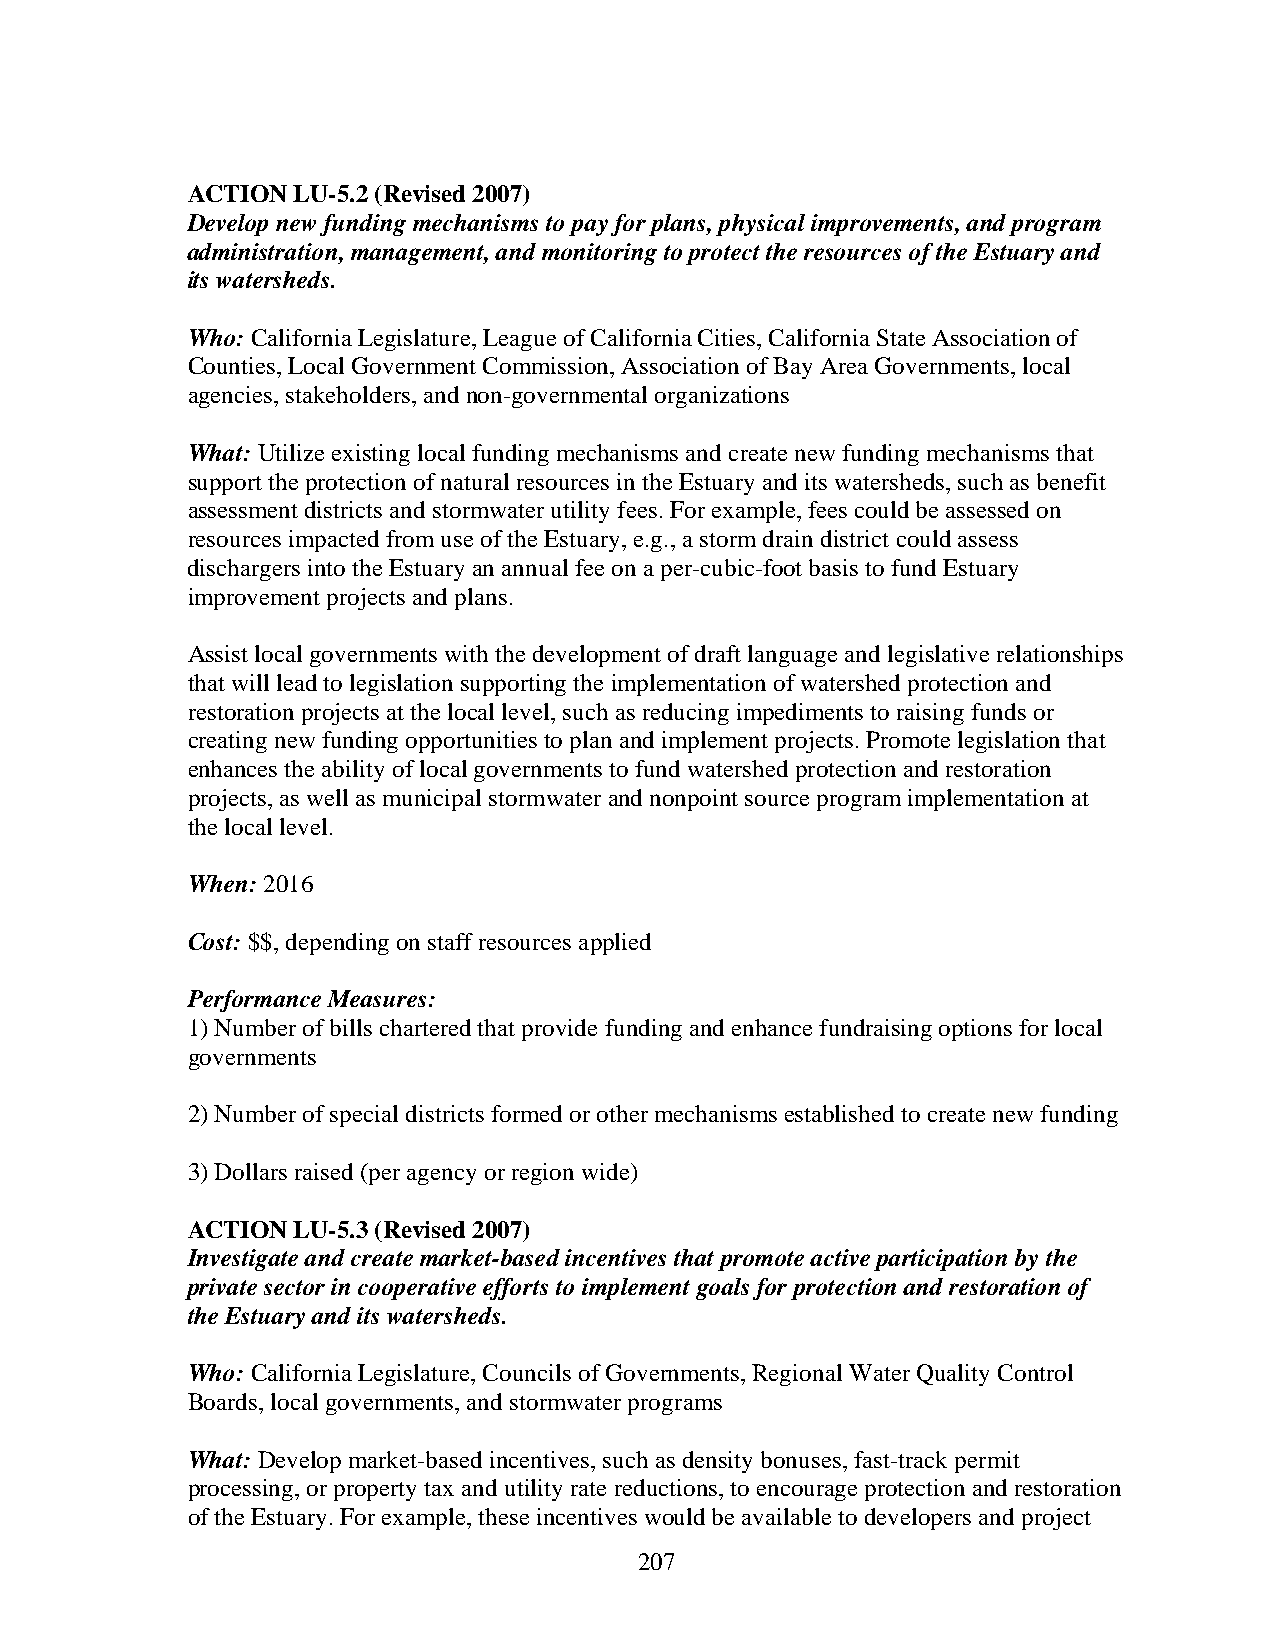
ACTION LU-5.2 (Revised 2007)
 Develop new funding mechanisms to pay for plans, physical improvements, and program
 administration, management, and monitoring to protect the resources of the Estuary and
 its watersheds.
 Who: California Legislature, League of California Cities, California State Association of
 Counties, Local Government Commission, Association of Bay Area Governments, local
 agencies, stakeholders, and non-governmental organizations
 What: Utilize existing local funding mechanisms and create new funding mechanisms that
 support the protection of natural resources in the Estuary and its watersheds, such as benefit
 assessment districts and stormwater utility fees. For example, fees could be assessed on
 resources impacted from use of the Estuary, e.g., a storm drain district could assess
 dischargers into the Estuary an annual fee on a per-cubic-foot basis to fund Estuary
 improvement projects and plans.
 Assist local governments with the development of draft language and legislative relationships
 that will lead to legislation supporting the implementation of watershed protection and
 restoration projects at the local level, such as reducing impediments to raising funds or
 creating new funding opportunities to plan and implement projects. Promote legislation that
 enhances the ability of local governments to fund watershed protection and restoration
 projects, as well as municipal stormwater and nonpoint source program implementation at
 the local level.
 When: 2016
 Cost: $$, depending on staff resources applied
 Performance Measures:
 1) Number of bills chartered that provide funding and enhance fundraising options for local
 governments
 2) Number of special districts formed or other mechanisms established to create new funding
 3) Dollars raised (per agency or region wide)
 ACTION LU-5.3 (Revised 2007)
 Investigate and create market-based incentives that promote active participation by the
 private sector in cooperative efforts to implement goals for protection and restoration of
 the Estuary and its watersheds.
 Who: California Legislature, Councils of Governments, Regional Water Quality Control
 Boards, local governments, and stormwater programs
 What: Develop market-based incentives, such as density bonuses, fast-track permit
 processing, or property tax and utility rate reductions, to encourage protection and restoration
 of the Estuary. For example, these incentives would be available to developers and project
 207